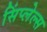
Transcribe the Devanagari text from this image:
सिंप्लेल्स